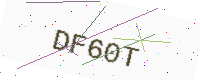
Text: DF60T